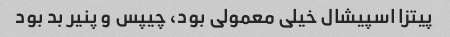
پیتزا اسپیشال خیلی معمولی بود، چیپس و پنیر بد بود